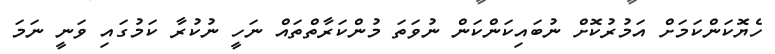
ހެޔޮކަންކަމަށް އަމުރުކޮށް ނުބައިކަންކަން ނުވަތަ މުންކަރާތްތައް ނަހީ ނުކުރާ ކަމުގައި ވަނީ ނަމަ